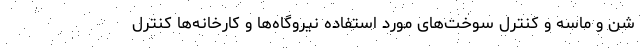
شن و ماسه و کنترل سوخت‌های مورد استفاده نیروگاه‌ها و کارخانه‌ها کنترل